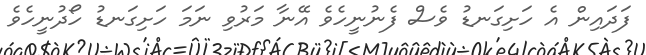
ފަދައިން އެ ހަށިގަނޑު ވެސް ފެނުނީހެވެ އޭނާ މަރުވި ނަމަ ހަށިގަނޑު ހޯދުނީހެވެ